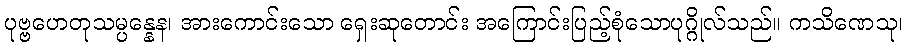
ပုဗ္ဗဟေတုသမ္ပန္နေန၊ အားကောင်းသော ရှေးဆုတောင်း အကြောင်းပြည့်စုံသောပုဂ္ဂိုလ်သည်။ ကသိဏေသု၊